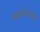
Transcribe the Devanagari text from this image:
झालेल्ला